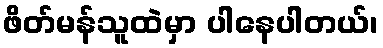
ဖိတ်မန်သူထဲမှာ ပါနေပါတယ်၊